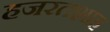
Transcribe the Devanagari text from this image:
हजरतशाह